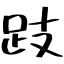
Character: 跂